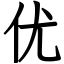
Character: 优